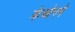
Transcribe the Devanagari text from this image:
क्रेओनने